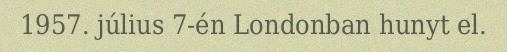
1957. július 7-én Londonban hunyt el.